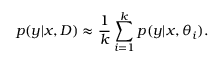
p ( \boldsymbol { y } | \boldsymbol { x } , D ) \approx \frac { 1 } { k } \sum _ { i = 1 } ^ { k } p ( \boldsymbol { y } | \boldsymbol { x } , \boldsymbol { \theta } _ { i } ) .